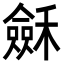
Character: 𥣂